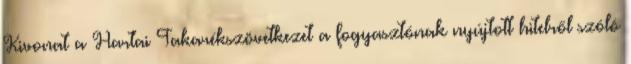
Kivonat a Hartai Takarékszövetkezet a fogyasztónak nyújtott hitelről szóló